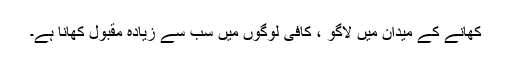
کھانے کے میدان میں لاگو ، کافی لوگوں میں سب سے زیادہ مقبول کھانا ہے۔